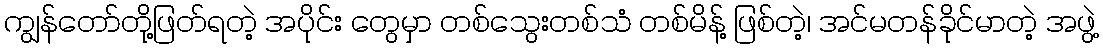
ကျွန်တော်တို့ဖြတ်ရတဲ့ အပိုင်း တွေမှာ တစ်သွေးတစ်သံ တစ်မိန့် ဖြစ်တဲ့၊ အင်မတန်ခိုင်မာတဲ့ အဖွဲ့